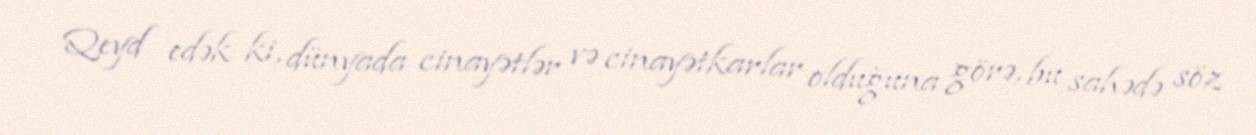
Qeyd edək ki, dünyada cinayətlər və cinayətkarlar olduğuna görə, bu sahədə söz